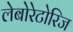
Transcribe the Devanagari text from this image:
लेबोरेटोरिज